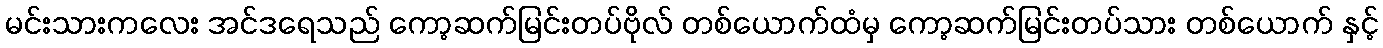
မင်းသားကလေး အင်ဒရေသည် ကော့ဆက်မြင်းတပ်ဗိုလ် တစ်ယောက်ထံမှ ကော့ဆက်မြင်းတပ်သား တစ်ယောက် နှင့်